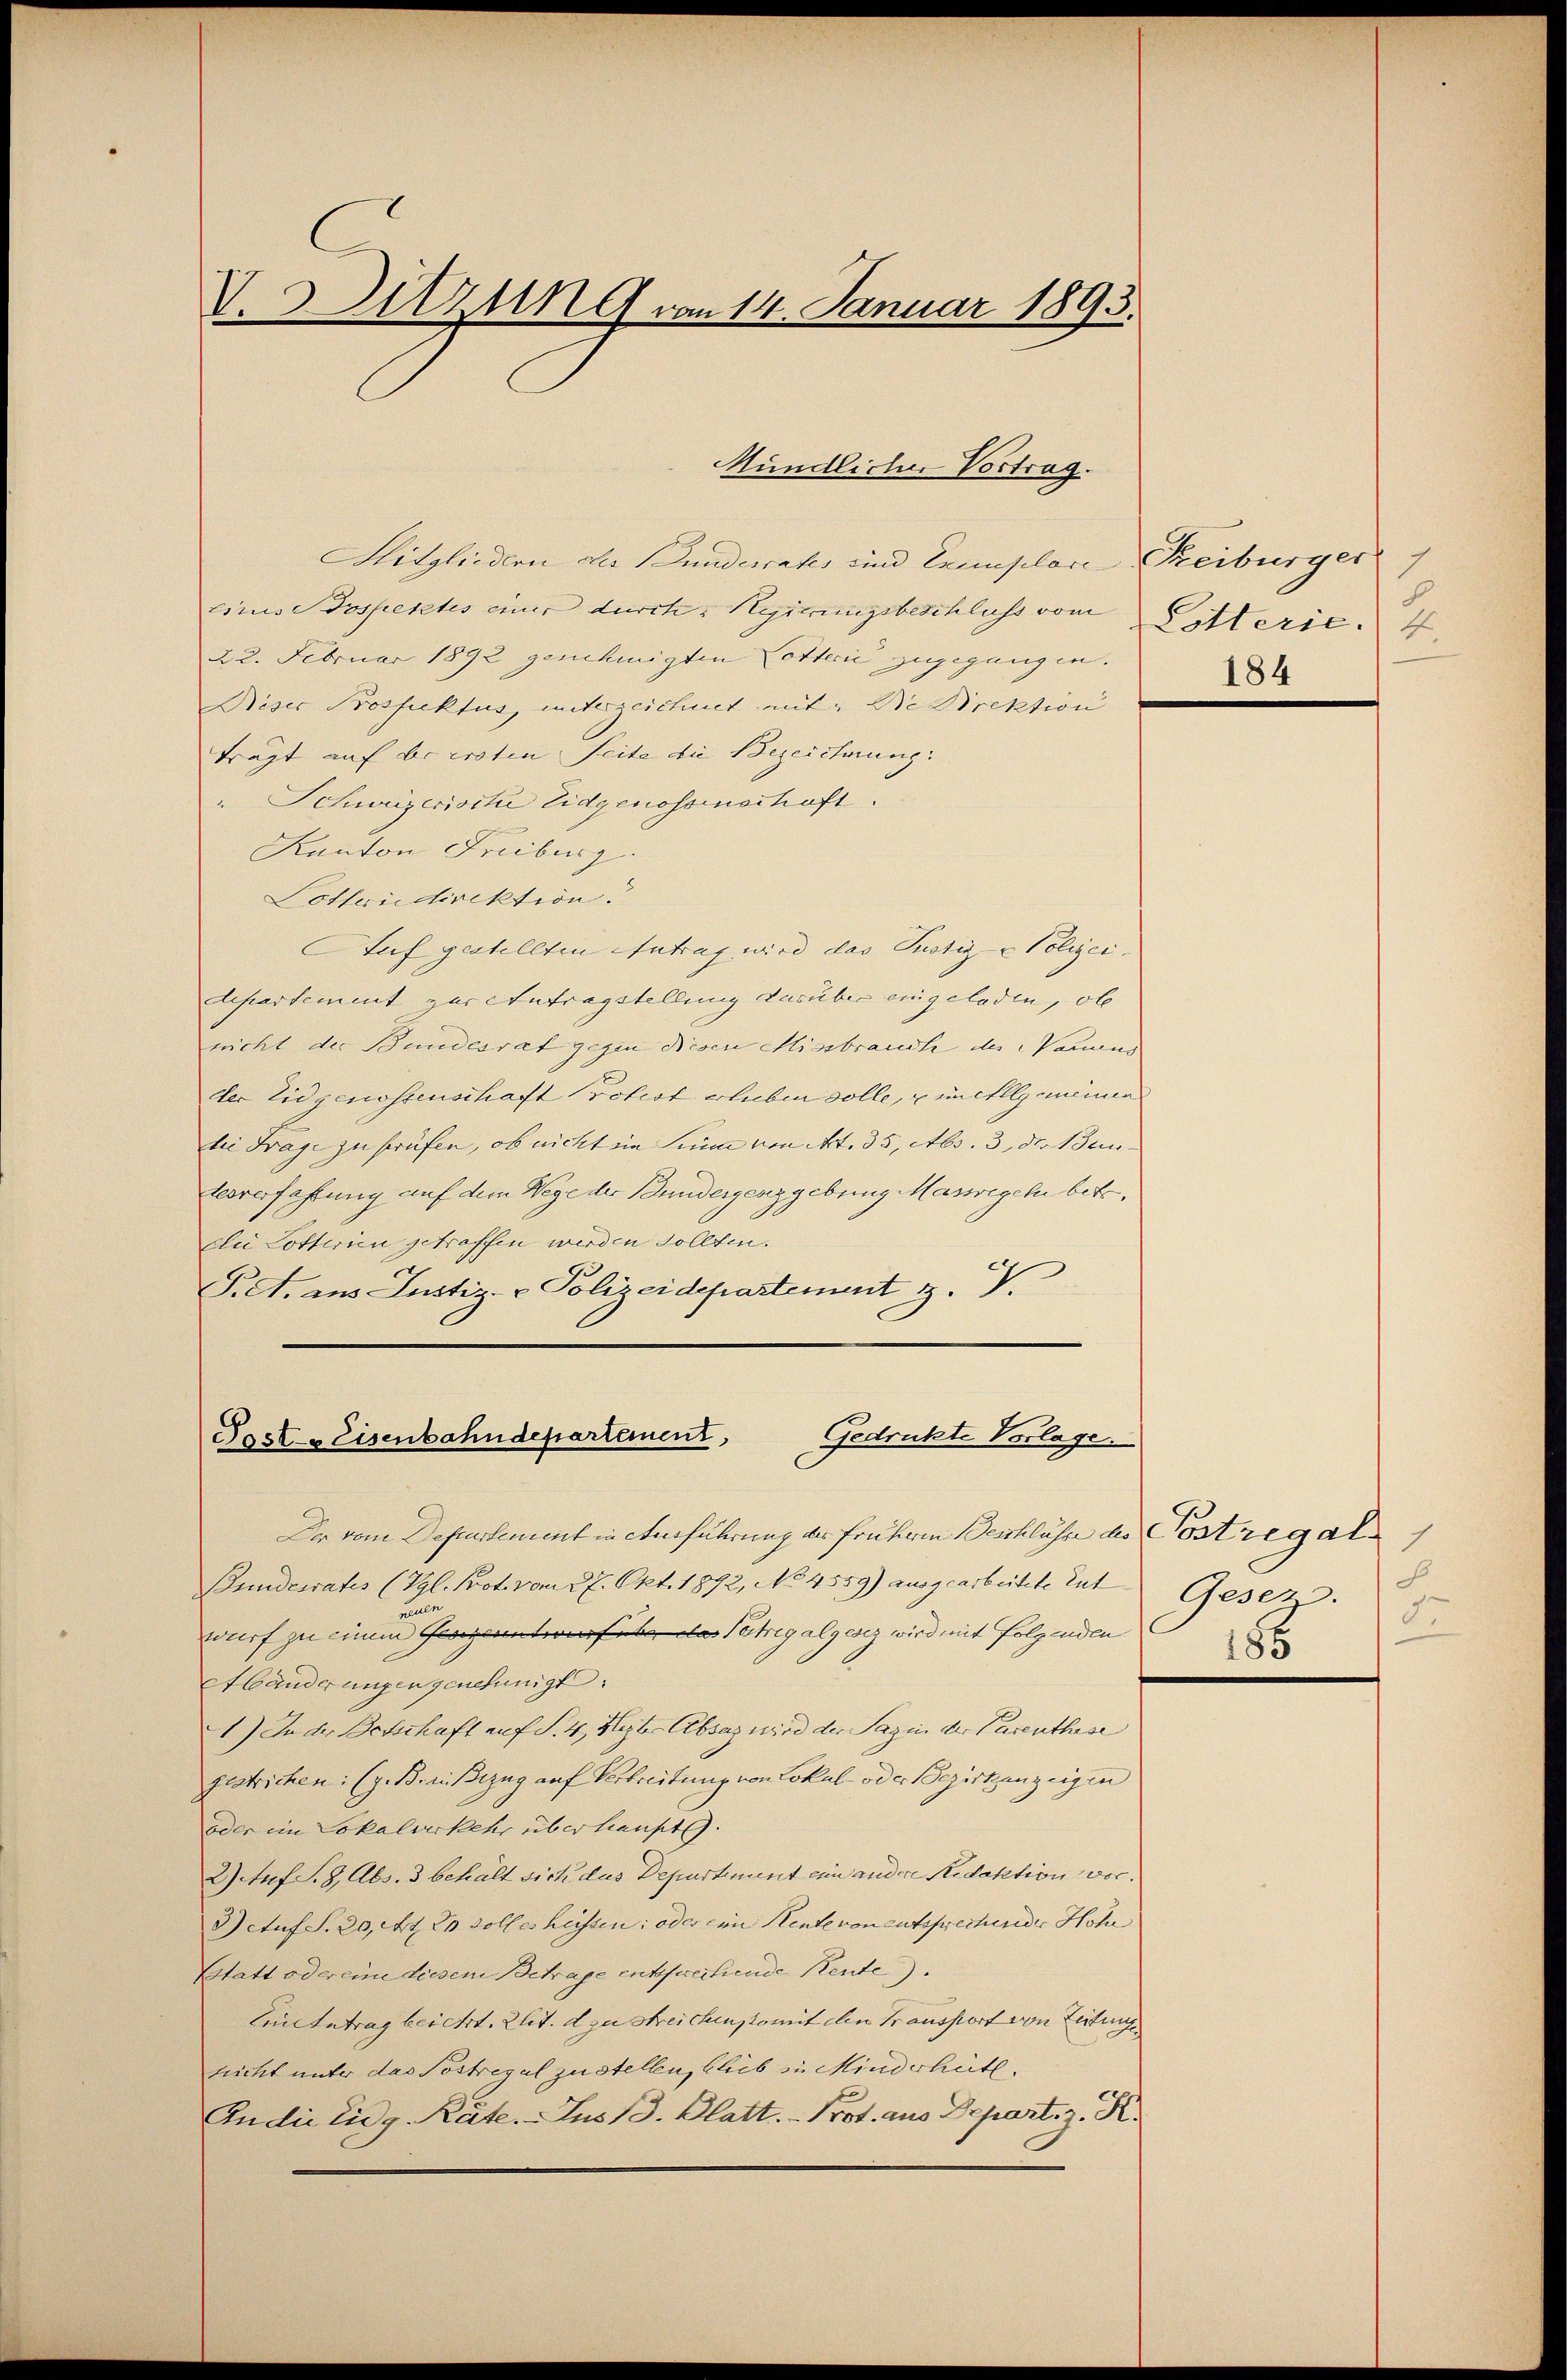
V. Sitzung vom 14. Januar 1895.

Hitgliedern der Bundesraks und Exemplare Freiburger
eines Jospektes einer durch Regierungsbeschlichs vom Litterie. 4.
22. Februar 1892 genehmigten Cotterie zugegangen.
Dieser Prosfuktus, unterzeichnet mit: Die Direktion
trägt auf beersten Seite die Bezeichung.
" Schweizerisite Eidgenossenschaft.
Kanton Freiburg.
Lotteriedirektion.
Auf gestellten Antrag wird das Pustiz- & Polizei
departement zur Antragstellung darüber eingeladen, ob
nicht der Bundesrat gegen diesen Missbrauch des Vanius
der Eidgenossenschaft Protest blieben solle, u in allgemeinen
bei Frage zu prüfen, ob nicht in hinne von Art. 35, Abs. 3, der Bein- |
Eesverfahrung auf dem Wege der Bundergenzgebung Massegeln betr.
die Lotterien getroffen werden sollten.
T. A. aus Justiz- & Polizeidepartement z. V.

Mündlicher Vortrag.

Dr vom Departement in Anführung der Frühem Beschlüsse des Costregali
Bundesrates (Vgl. Prot. vom 27. Okt. 1892, No 4559) ausgearbeitete Zut
nue
wurf zu einem  da Patrialgesez wird mit folgenden
Abänderungen genehmigt.
1) In der Betschaft auf S. 4, Herter Absaz wird der Sagen der Parenthuse
gestrichen: (z. Braußezug auf Verbreitung von Lokal oder Bezirkenzeigen
oder im Lokalverkehr überlieut.
2) Auf S. 8, Abs. 3 behält sich das Departement ein andere Redaktion vor¬
Getuf S. 20, Art. Es solles heissen: oder eine Rente von entsprechender Hoh
Statt oder eine diesem Betrage entsprectiende Rente).
Einnantrag beicht. Elit. d zu streichenkomit den Transport von Zeitung
tricht unter das Postregel zu stellen, blieb in Minderheit.
An die Eidg. Räte. Jus 13. Blatt. - Prot. aus Depart. z. R.

Post-Eisenbahndepartement,
Gedruckte Vorlage.

1
184

Gesezz.
d.
188